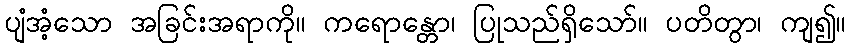
ပျံအံ့သော အခြင်းအရာကို။ ကရောန္တော၊ ပြုသည်ရှိသော်။ ပတိတွာ၊ ကျ၍။